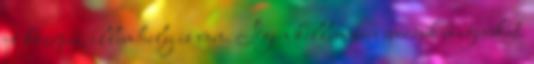
jó közepes, illemhely is van. Igen kellemesen érezzük magunkat.